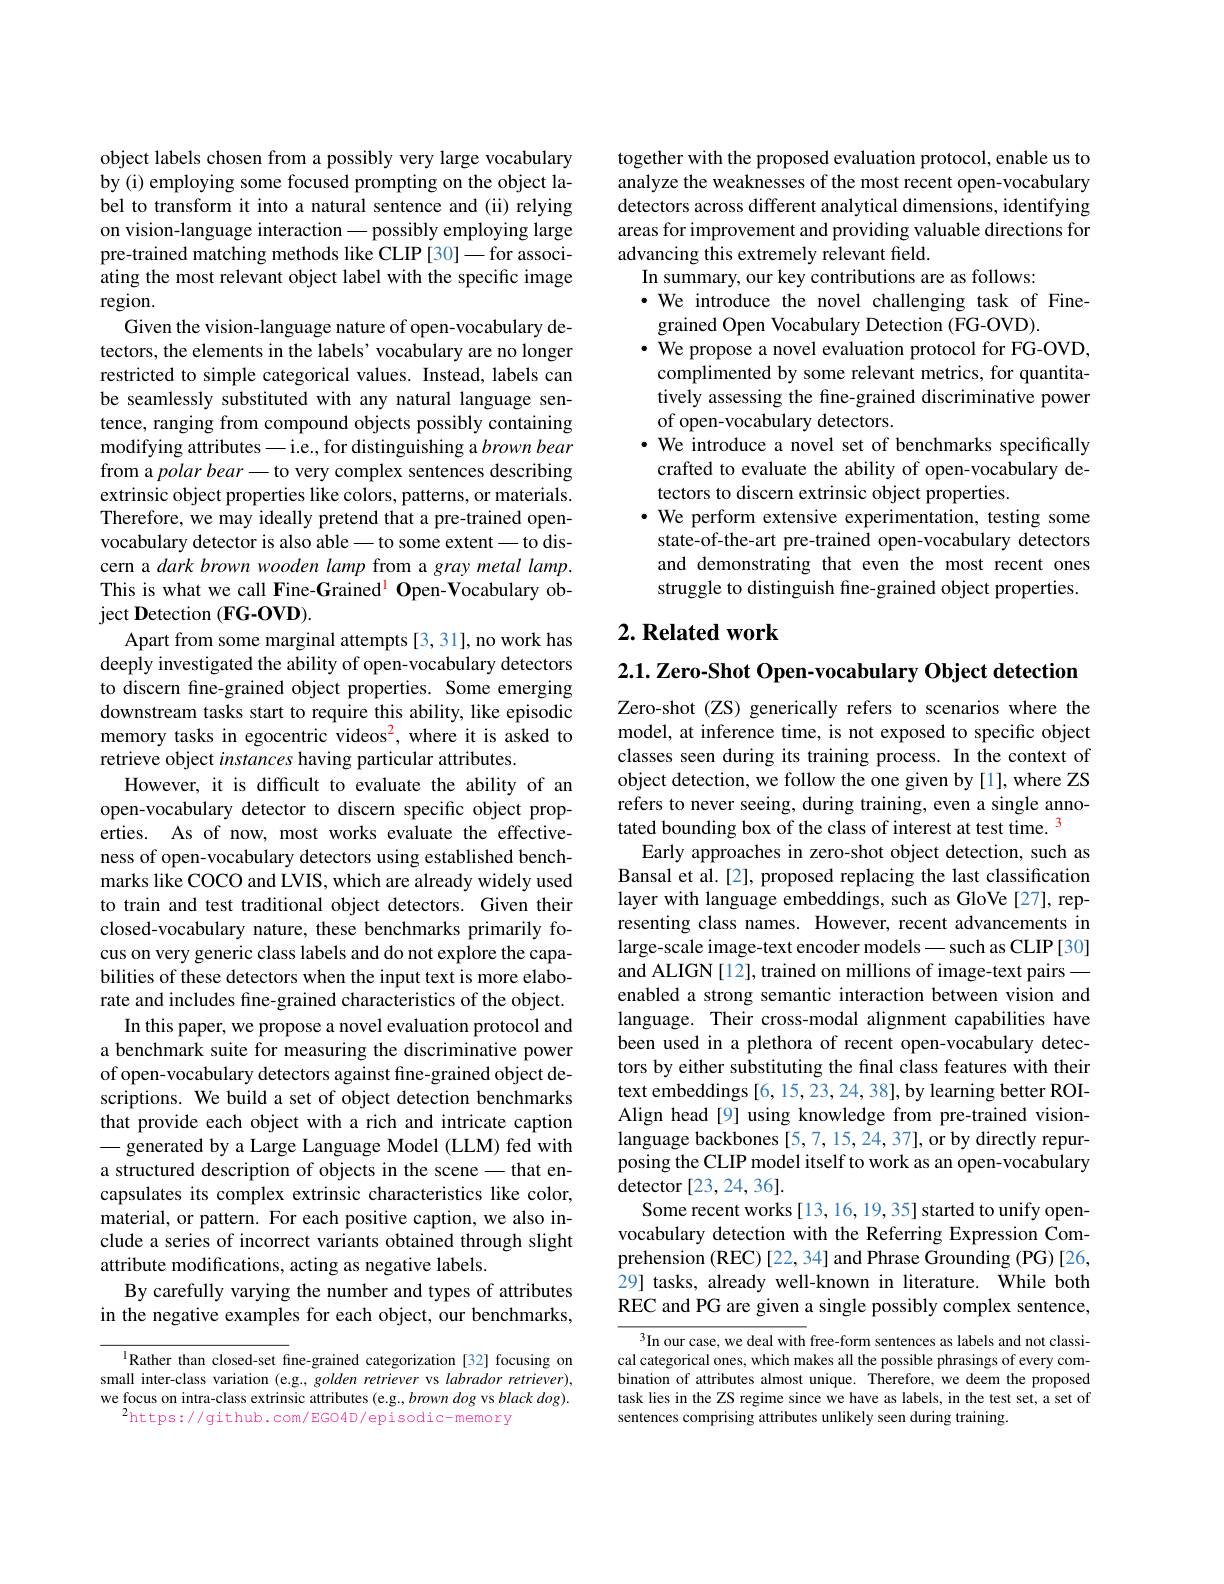
object labels chosen from a possibly very large vocabulary by (i) employing some focused prompting on the object label to transform it into a natural sentence and (ii) relying on vision-language interaction -possibly employing large pre-trained matching methods like CLIP [30]-for associating the most relevant object label with the specific image region.
Given the vision-language nature of open-vocabulary detectors, the elements in the labels' vocabulary are no longer restricted to simple categorical values. Instead, labels can be seamlessly substituted with any natural language sentence, ranging from compound objects possibly containing modifying attributes- i.e., for distinguishing a brown bear from a polar bear\_to very complex sentences describing extrinsic object properties like colors, patterns, or materials. Therefore, we may ideally pretend that a pre-trained openvocabulary detector is also able— to some extent— to discern a dark brown wooden lamp from a gray metal lamp. This is what we call Fine-Grained$^{\mathrm{l} }\textbf{Open- Vocabulary ob- }$ $\operatorname*{ject}\mathbf{D}$etection (FG-OVD).
Apart from some marginal attempts [3,31], no work has deeply investigated the ability of open-vocabulary detectors to discern fine-grained object properties. Some emerging downstream tasks start to require this ability, like episodic memory tasks in egocentric videos$^2$, where it is asked to retrieve object instances having particular attributes.
However, it is difficult to evaluate the ability of an open-vocabulary detector to discern specific object properties. As of now, most works evaluate the effectiveness of open-vocabulary detectors using established benchmarks like COCO and LVIS, which are already widely used to train and test traditional object detectors. Given their closed-vocabulary nature, these benchmarks primarily focus on very generic class labels and do not explore the capabilities of these detectors when the input text is more elaborate and includes fine-grained characteristics of the object.
In this paper, we propose a novel evaluation protocol and a benchmark suite for measuring the discriminative power of open-vocabulary detectors against fine-grained object descriptions. We build a set of object detection benchmarks that provide each object with a rich and intricate caption - generated by a Large Language Model (LLM) fed with a structured description of objects in the scene - that encapsulates its complex extrinsic characteristics like color, material, or pattern. For each positive caption, we also include a series of incorrect variants obtained through slight attribute modifications, acting as negative labels.
By carefully varying the number and types of attributes in the negative examples for each object, our benchmarks,

$^{1}$Rather than closed-set fine-grained categorization [32] focusing on small inter-class variation (e.g., golden retriever vs labrador retriever), we focus on intra-class extrinsic attributes (e.g., brown dog vs black dog).
$^{2}$https://github.com/EGO4D/episodic-memory

together with the proposed evaluation protocol, enable us to analyze the weaknesses of the most recent open-vocabulary detectors across different analytical dimensions, identifying areas for improvement and providing valuable directions for advancing this extremely relevant field.
In summary, our key contributions are as follows:
$\cdot$ We introduce the novel challenging task of Fine-
grained Open Vocabulary Detection (FG-OVD).
$\cdot$ We propose a novel evaluation protocol for FG-OVD, complimented by some relevant metrics, for quantitatively assessing the fine-grained discriminative power of open-vocabulary detectors.
$\cdot$ We introduce a novel set of benchmarks specifically
crafted to evaluate the ability of open-vocabulary de-
tectors to discern extrinsic object properties.
$\cdot$ We perform extensive experimentation, testing some state-of-the-art pre-trained open-vocabulary detectors and demonstrating that even the most recent ones struggle to distinguish fine-grained object properties.

## $2. \textbf{ Related work}$

$2. 1. \textbf{ Zero- Shot Open- vocabulary Object detection}$ Zero-shot (ZS) generically refers to scenarios where the model, at inference time, is not exposed to specific object classes seen during its training process. In the context of object detection, we follow the one given by [1], where ZS refers to never seeing, during training, even a single annotated bounding box of the class of interest at test time. $^{\color{red}3}$
Early approaches in zero-shot object detection, such as Bansal et al.[2], proposed replacing the last classification layer with language embeddings, such as GloVe [27], representing class names. However, recent advancements in large-scale image-text encoder models—such as CLIP[30] and ALIGN [12], trained on millions of image-text pairs—— enabled a strong semantic interaction between vision and language. Their cross-modal alignment capabilities have been used in a plethora of recent open-vocabulary detectors by either substituting the final class features with their text embeddings [6,15,23,24,38], by learning better ROIAlign head[9] using knowledge from pre-trained visionlanguage backbones [5,7,15,24,37], or by directly repurposing the CLIP model itself to work as an open-vocabulary detector [23,24,36].
Some recent works [ 13, 16, 19, 35] started to unify openvocabulary detection with the Referring Expression Comprehension (REC) [22, 34] and Phrase Grounding (PG)[26, 29] tasks, already well-known in literature. While both REC and PG are given a single possibly complex sentence,
$^{3}$In our case, we deal with free-form sentences as labels and not classi-

cal categorical ones, which makes all the possible phrasings of every combination of attributes almost unique. Therefore, we deem the proposed task lies in the ZS regime since we have as labels, in the test set, a set of sentences comprising attributes unlikely seen during training.